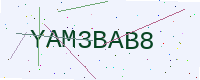
Text: YAM3BAB8